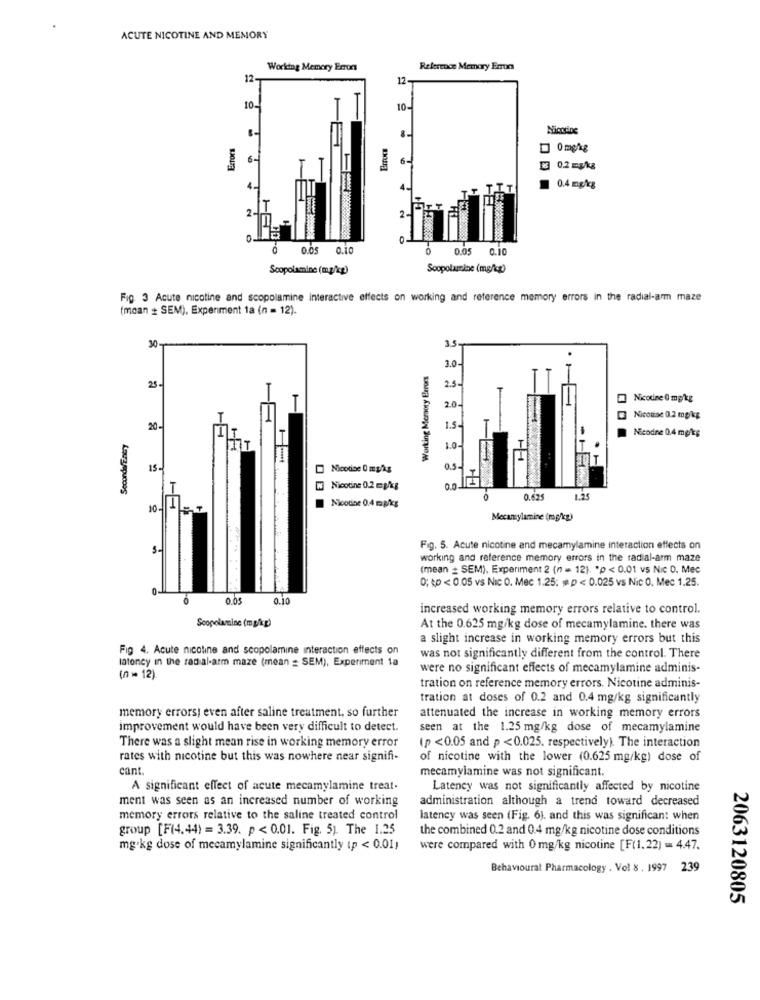
ACUTE NICOTINE AND MEMORY
Working Memory Errors
Reference Memory Emrun
12.
12-
10.
10-
ExTors
1 0mg/kg
6-
6-
0.2 Eykg
0.4 mg/kg
2
0.05
0.10
0.05 0.10
Scopolamine (mg/tcp)
Scopolamine (mg/kg)
Fig. 3 Acute nicotine and scopolamine interactive effects on working and reference memory errors in the radial-arm maze
(moan # SEM), Experiment 1a (n = 12).
30-
Working Memory Errors
3.0-
2.5-
25
Nicotine 0 mg/kg
2.0-
Nicolise 0.2 mp kg
20
1.5-
Nicodne 0.4 mg/kg
SecondofEntry
14
1.0-
15-
Nicotine 0 mg/kg
0.5-
ITI
Nicotine 0.2 mg/kg
Nicotine 0.4 mg/kg
0.625
10-
Mecanylamine (mg/kg)
Fig. 5. Acute nicotine and mecamylamine interaction effects on
working and reference memory errors in the radial-arm maze
(mean _ SEM), Experiment 2 (n = 12). "p < 0.01 vs Nic 0. Mec
0; &p < 0.05 vs Nic 0. Mec 1.25: @ p < 0.025 vs Nic 0. Mec 1.25.
0.05
0.10
increased working memory errors relative to control.
Scopolamine (mg/kg)
At the 0.625 mg/kg dose of mecamylamine. there was
a slight increase in working memory errors but this
Fig 4. Acute nicotine and scopolamine interaction effects on
latoney in the radial-arm maze (mean = SEM), Experiment 1a
was not significantly different from the control. There
were no significant effects of mecamylamine adminis-
(n = 12)
tration on reference memory errors. Nicotine adminis-
tration at doses of 0.2 and 0.4 mg/kg significantly
memory errors; even after saline treatment, so further
attenuated the increase in working memory errors
improvement would have been very difficult to detect.
seen at the 1.25 mg/kg dose of mecamylamine
There was a slight mean rise in working memory error
(p <0.05 and p <0.025. respectively). The interaction
rates with nicotine but this was nowhere near signifi-
of nicotine with the lower (0.625 mg/kg) dose of
cant.
mecamylamine was not significant.
A significant effect of acute mecamylamine treat-
Latency was not significantly affected by nicotine
ment was seen as an increased number of working
administration although a trend toward decreased
memory errors relative to the saline treated control
latency was seen (Fig. 6). and this was significant when
group [F(4.44) = 3.39. p < 0.01. Fig. 5). The 1.25
the combined 0.2 and 0.4 mg/kg nicotine dose conditions
mg.kg dose of mecamylamine significantly (p < 0.01)
were compared with 0 mg/kg nicotine [F(1.22) = 4.47.
Behavioural Pharmacology . Vol 8 . 1997 239
2063120805